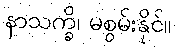
နာသက္ခိ၊ မစွမ်းနိုင်။